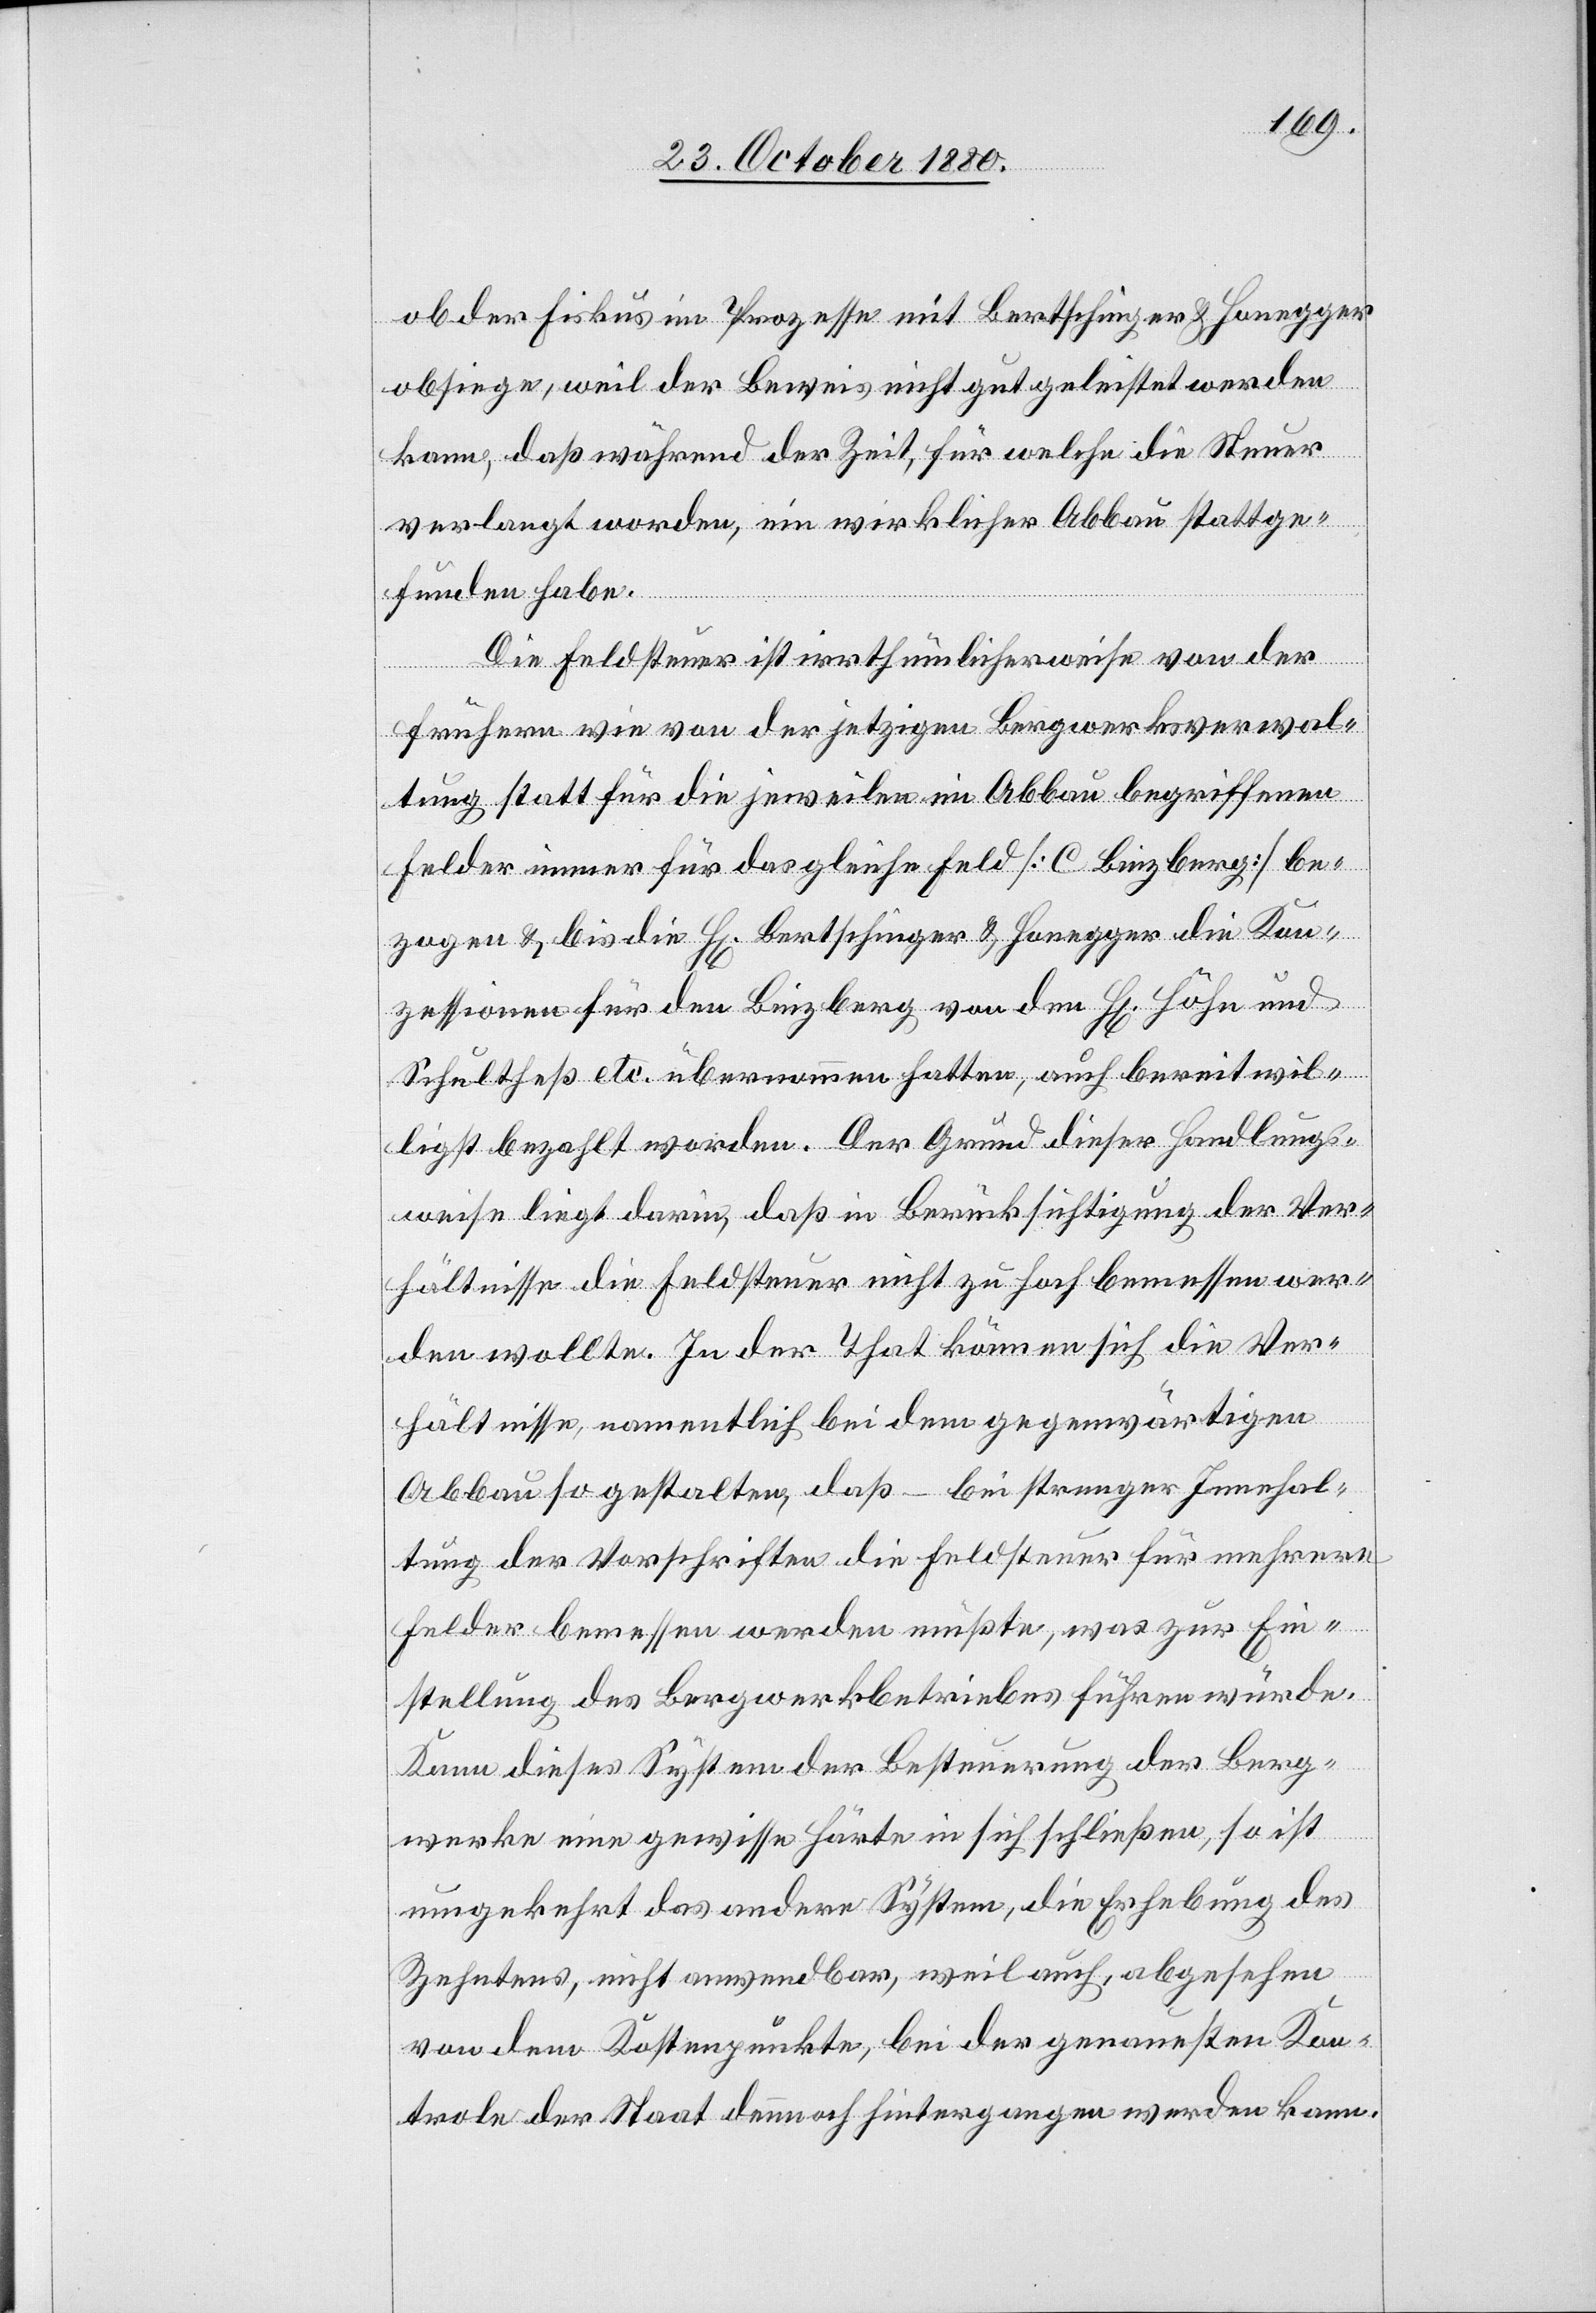
ob der Fiskus im Prozesse mit Bertschinger & Honegger
obsiege, weil der Beweis nicht gut geleistet werden
kann, daß während der Zeit, für welche die Steuer
verlangt worden, ein wirklicher Abbau stattge¬
funden habe.
Die Feldsteuer ist irrthümlicherweise von der
frühern wie von der jetzigen Bergwerksverwal¬
tung statt für die jeweilen im Abbau begriffenen
Felder immer für das gleiche Feld [C Binzberg] be¬
zogen & bis die H[erren] Bertschinger & Honegger die Kon¬
zessionen für den Binzberg von den H[erren] Höhe und
Schlutheß etc. übernommen hatten, auch bereitwil¬
ligst bezahlt worden. Der Grund dieser Handlungs¬
weise liegt darin, daß in Berücksichtigung der Ver¬
hältnisse die Feldsteuer nicht zu hoch bemessen wer¬
den wollte. In der That können sich die Ver¬
hältnisse namentlich bei dem gegenwärtigen
Abbau so gestalten, daß – bei strenger Innehal¬
tung der Vorschriften die Feldsteuer für mehrere
Felder bemessen werden müßte, was zur Ein¬
stellung des Bergwerkbetriebes führen würde.
Kann dieses System der Besteuerung der Berg¬
werke eine gewisse Härte in sich schließen, so ist
umgekehrt das andere System, die Erhebung des
Zehntens, nicht anwendbar, weil auch, abgesehen
von dem Kostenpunkte, bei der genauesten Kon¬
trole der Staat dennoch hintergangen werden kann.